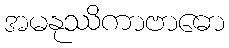
အမနုဿိကာဗာဓော